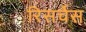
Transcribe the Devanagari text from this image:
रिसर्चेस